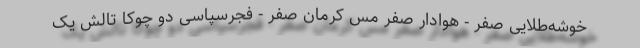
خوشه‌طلایی صفر - هوادار صفر مس کرمان صفر - فجرسپاسی دو چوکا تالش یک